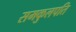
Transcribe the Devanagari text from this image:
समकुलपति